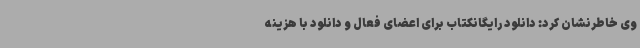
وی خاطرنشان کرد: دانلود رایگانکتاب برای اعضای فعال و دانلود با هزینه